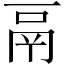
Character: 鬲